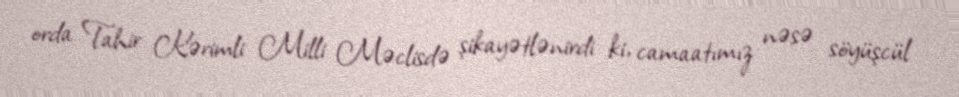
orda Tahir Kərimli Milli Məclisdə şikayətlənirdi ki, camaatımız nəsə söyüşcül